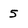
Character: 5